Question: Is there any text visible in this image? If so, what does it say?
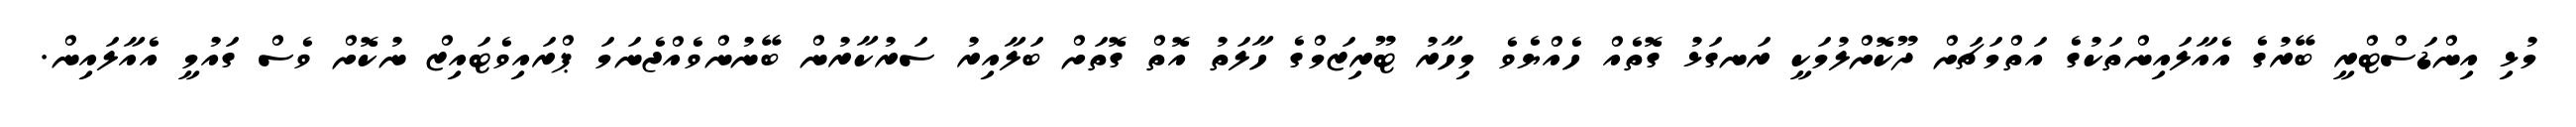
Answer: މުޅި އިންޑަސްޓްރީ ބޭރުގެ އެއާލައިންތަކުގެ އަތްމަޗަށް ދޫކޮށްލުމަކީ ރަނގަޅު ގޮތެއް ހެއްޔެވެ މިހާރު ޓޫރިޒަމްގެ ހާލަތު އޮތް ގޮތަށް ބަލާއިރު ސަރުކާރުން ބޭނުންވެއްޖެނަމަ ޕްރައިވެޓައިޒް ނުކޮށް ވެސް ގައުމީ އެއާލައިން.